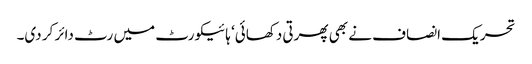
تحریک انصاف نے بھی پھرتی دکھائی‘ ہائیکورٹ میں رٹ دائر کر دی۔